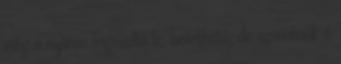
még a nyáron leigazolta le, bevethető, de szerintünk ő